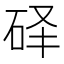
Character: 𰦰